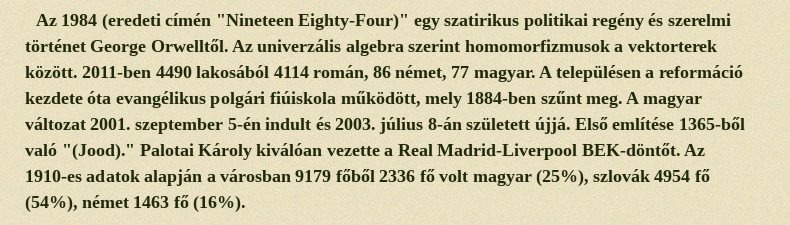
Az 1984 (eredeti címén "Nineteen Eighty-Four)" egy szatirikus politikai regény és szerelmi történet George Orwelltől. Az univerzális algebra szerint homomorfizmusok a vektorterek között. 2011-ben 4490 lakosából 4114 román, 86 német, 77 magyar. A településen a reformáció kezdete óta evangélikus polgári fiúiskola működött, mely 1884-ben szűnt meg. A magyar változat 2001. szeptember 5-én indult és 2003. július 8-án született újjá. Első említése 1365-ből való "(Jood)." Palotai Károly kiválóan vezette a Real Madrid-Liverpool BEK-döntőt. Az 1910-es adatok alapján a városban 9179 főből 2336 fő volt magyar (25%), szlovák 4954 fő (54%), német 1463 fő (16%).